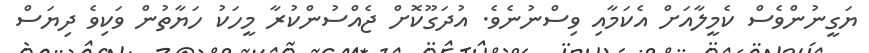
ޔަގީނުންވެސް ކެމީލާއަށް އެކަމާއި ވިސްނުނެވެ. އުދަގޫކޮށް ޖެއްސުންކުރާ މީހަކު ހަޔާތުން ވަކިވެ ދިޔަސް